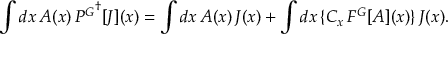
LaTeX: \int d x \, A ( x ) \, { P ^ { \cal G } } ^ { \dagger } [ J ] ( x ) = \int d x \, A ( x ) \, J ( x ) + \int d x \, \{ C _ { x } \, F ^ { \cal G } [ A ] ( x ) \} \, J ( x ) .